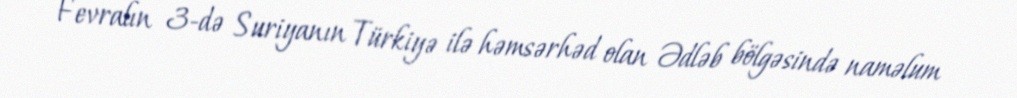
Fevralın 3-də Suriyanın Türkiyə ilə həmsərhəd olan Ədləb bölgəsində naməlum